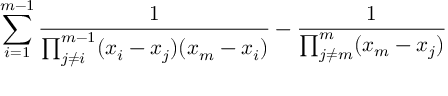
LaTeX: \sum _ { i = 1 } ^ { m - 1 } \frac { 1 } { \prod _ { j \neq i } ^ { m - 1 } ( x _ { i } - x _ { j } ) ( x _ { m } - x _ { i } ) } - \frac { 1 } { \prod _ { j \neq m } ^ { m } ( x _ { m } - x _ { j } ) }